Indian journal of veterinary science and animal husbandry - Volumes 24-25, 1954-1955
Year: 1954
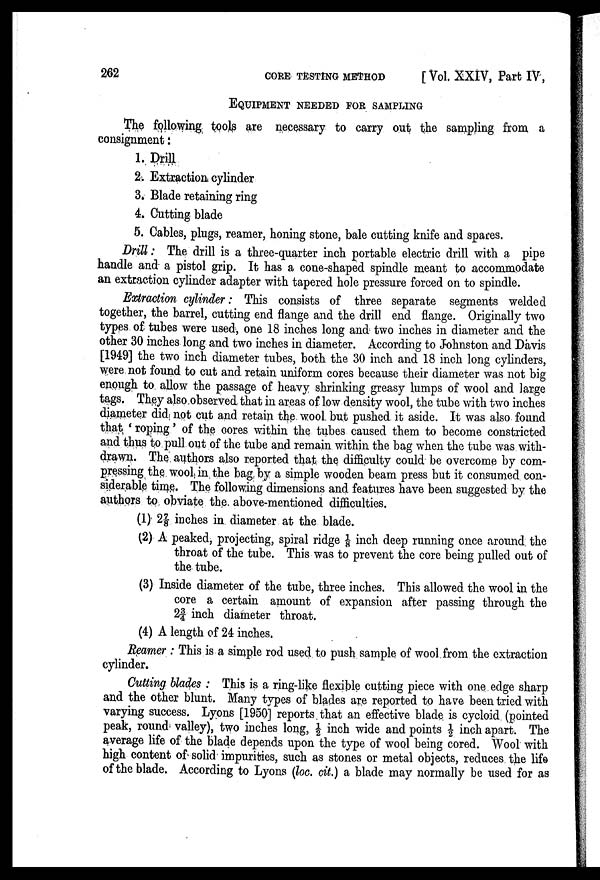
262
CORE
TESTING
METHOD
[Vol. XXIV, Part IV,
EQUIPMENT NEEDED FOR SAMPLING
The following tools are necessary to carry out the sampling from a
consignment :
1. Drill
2. Extraction cylinder
3. Blade retaining ring
4. Cutting blade
5. Cables, plugs, reamer, honing stone, bale cutting knife and spares.
Drill : The drill is a three-quarter inch portable electric drill with a pipe
handle and a pistol grip. It has a cone-shaped spindle meant to accommodate
an extraction cylinder adapter with tapered hole pressure forced on to spindle.
Extraction cylinder : This consists of three separate segments welded
together, the barrel, cutting end flange and the drill end flange. Originally two
types of tubes were used, one 18 inches long and two inches in diameter and the
other 30 inches long and two inches in diameter. According to Johnston and Davis
[1949] the two inch diameter tubes, both the 30 inch and 18 inch long cylinders,
were not found to cut and retain uniform cores because their diameter was not big
enough to allow the passage of heavy shrinking greasy lumps of wool and large
tags. They also observed that in areas of low density wool, the tube with two inches
diameter did not cut and retain the wool but pushed it aside. It was also found
that ' roping ' of the cores within the tubes caused them to become constricted
and thus to pull out of the tube and remain within the bag when the tube was with
drawn. The authors also reported that the difficulty could be overcome by com
pressing the wool in the bag by a simple wooden beam press but it consumed con
siderable time. The following dimensions and features have been suggested by the
authors to obviate the above-mentioned difficulties.
(1) 2⅞ inches in diameter at the blade.
(2) A peaked, projecting, spiral ridge 1/8 inch deep running once around the
throat of the tube. This was to prevent the core being pulled out of
the tube.
(3) Inside diameter of the tube, three inches. This allowed the wool in the
core a certain amount of expansion after passing through the
2¾ inch diameter throat.
(4) A length of 24 inches.
Reamer : This is a simple rod used to push sample of wool from the extraction
cylinder.
Cutting blades : This is a ring-like flexible cutting piece with one edge sharp
and the other blunt. Many types of blades are reported to have been tried with
varying success. Lyons [1950] reports that an effective blade is cycloid (pointed
peak, round valley), two inches long, ½ inch wide and points ½ inch apart. The
average life of the blade depends upon the type of wool being cored. Wool with
high content of solid impurities, such as stones or metal objects, reduces the life
of the blade. According to Lyons (loc. cit.) a blade may normally be used for as